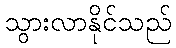
သွားလာနိုင်သည်